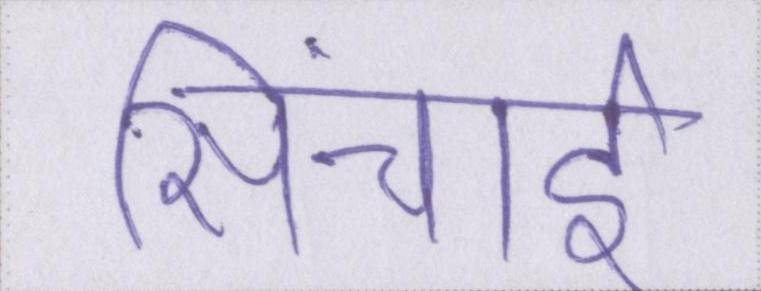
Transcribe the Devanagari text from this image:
सिंचाई